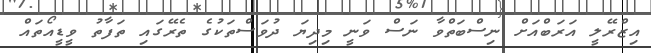
އިޒްރޭލީ އަރަބްއަށް ނިސްބަތްވާ ނަސް ވަނީ މިދިޔަ ދުވަސްތަކުގެ ތެރޭގައި ތަފާތު ވީޑީއޯތައް